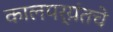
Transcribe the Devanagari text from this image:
कालपर्य़ंतचे